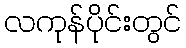
လကုန်ပိုင်းတွင်